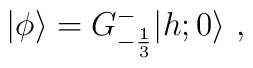
\vert\phi\rangle=G^-_{-{1\over3}}\vert{h;0}\rangle{}~,